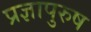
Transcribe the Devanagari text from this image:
प्रज्ञापुरुष